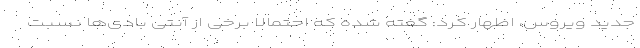
جدید ویروس، اظهار کرد: گفته شده که احتمالاً برخی از آنتی بادی‌ها نسبت